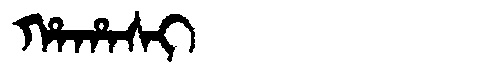
Manchu: ᡥᠠᡥᠠᠰᡳ
Romanization: HAHASI